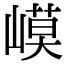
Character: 𡻟